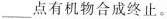
___点有机物合成终止。